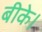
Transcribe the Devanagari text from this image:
बीके।